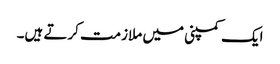
ایک کمپنی میں ملازمت کرتے ہیں۔